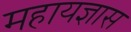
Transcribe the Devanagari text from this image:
महायज्ञास